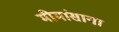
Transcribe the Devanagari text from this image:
मीमांसाया